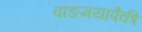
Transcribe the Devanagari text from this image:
वाङमयापैकी